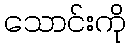
သောင်းကို